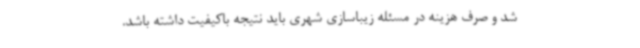
شد و صرف هزینه در مسئله زیباسازی شهری باید نتیجه باکیفیت داشته باشد.